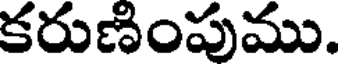
కరుణింపుము.